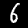
Label: 6